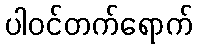
ပါဝင်တက်ရောက်